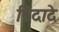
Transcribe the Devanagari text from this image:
पिदादे